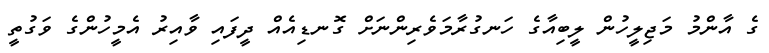
ގެ އާންމު މަޖިލީހުން ލީބިއާގެ ހަނގުރާމަވެރިންނަށް ގޮނޑިއެއް ދީފައި ވާއިރު އެމީހުންގެ ވަގުތީ